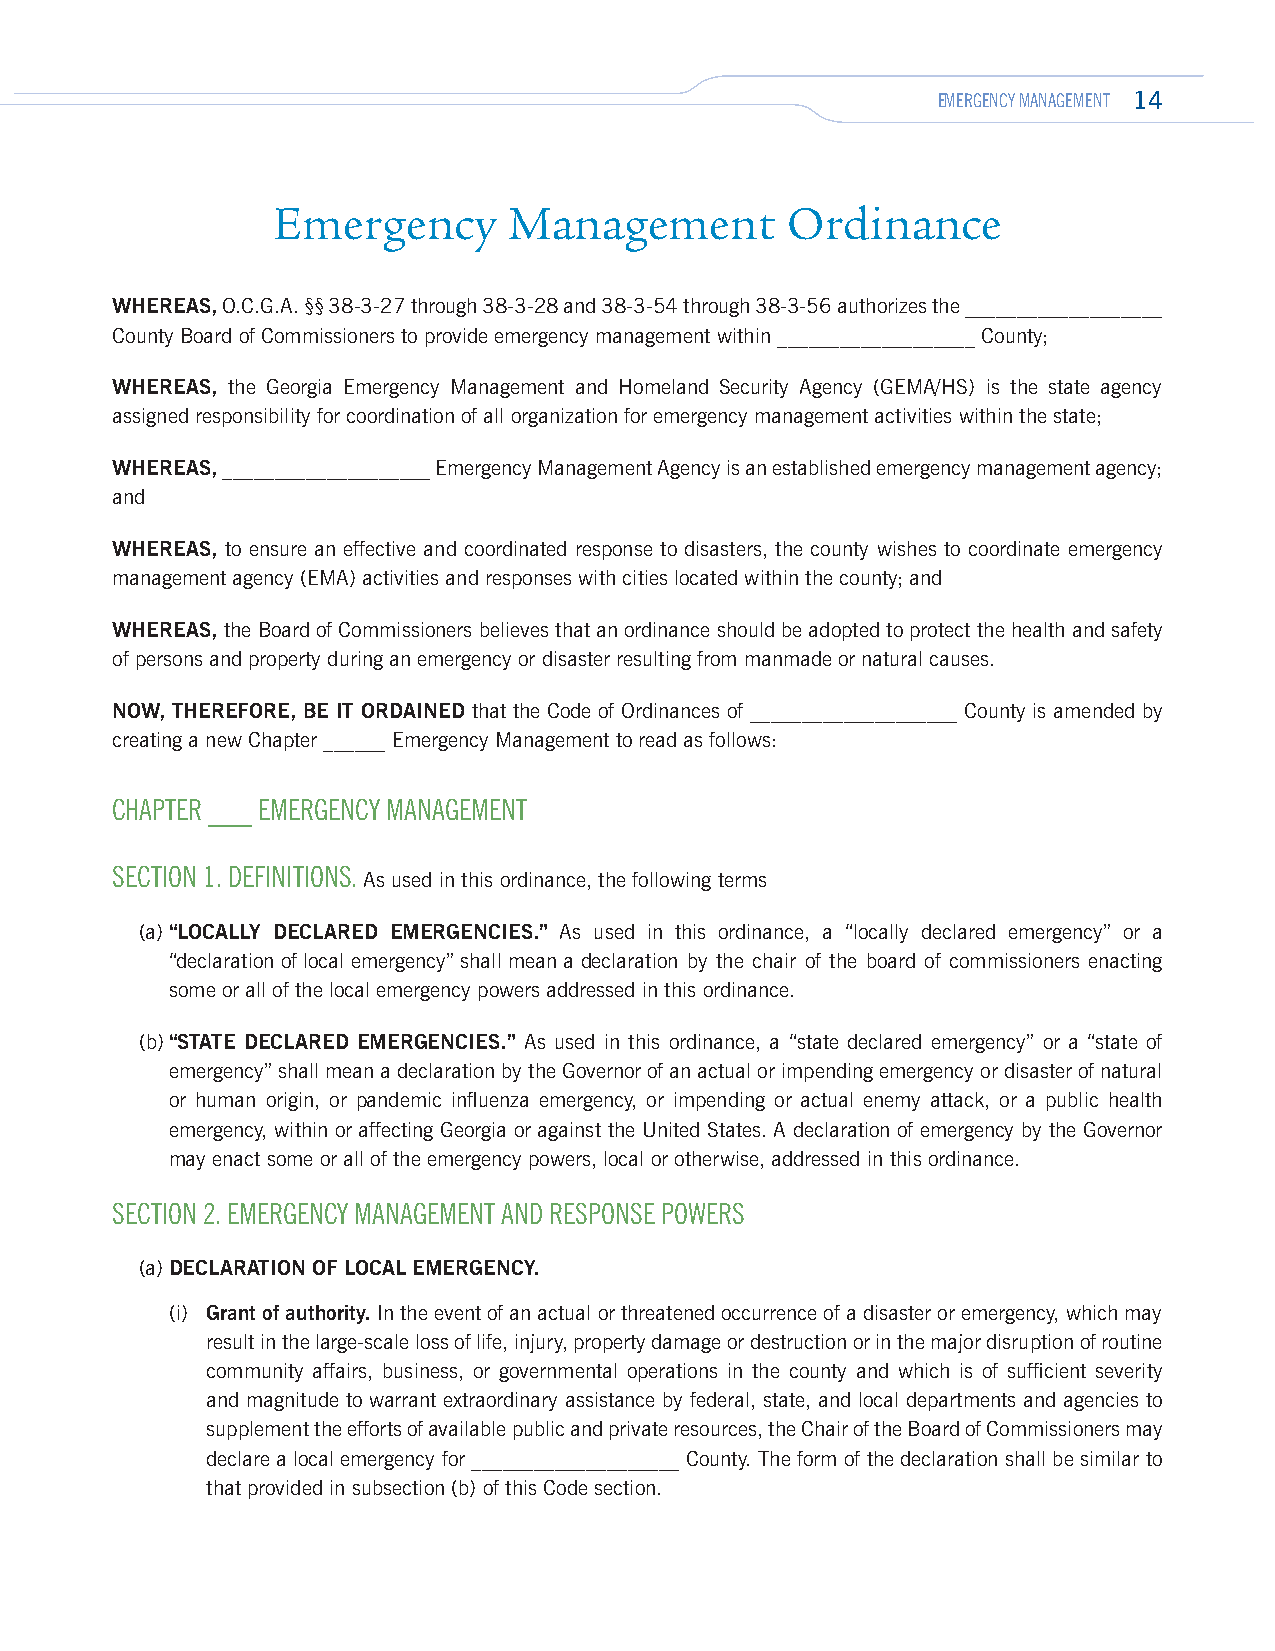
EMERGENCY MANAGEMENT 14
 Emergency       Management        Ordinance
 WHEREAS, O.C.G.A. §§ 38-3-27 through 38-3-28 and 38-3-54 through 38-3-56 authorizes the ___________________
 County Board of Commissioners to provide emergency management within ___________________ County;
 WHEREAS, the Georgia Emergency Management and Homeland Security Agency (GEMA/HS) is the state agency
 assigned responsibility for coordination of all organization for emergency management activities within the state;
 WHEREAS, ____________________ Emergency Management Agency is an established emergency management agency;
 and
 WHEREAS, to ensure an effective and coordinated response to disasters, the county wishes to coordinate emergency
 management agency (EMA) activities and responses with cities located within the county; and
 WHEREAS, the Board of Commissioners believes that an ordinance should be adopted to protect the health and safety
 of persons and property during an emergency or disaster resulting from manmade or natural causes.
 NOW, THEREFORE, BE IT ORDAINED that the Code of Ordinances of ____________________ County is amended by
 creating a new Chapter ______ Emergency Management to read as follows:
 CHAPTER ___ EMERGENCY MANAGEMENT
 SECTION 1. DEFINITIONS.
 As used in this ordinance, the following terms
 (a) “LOCALLY DECLARED EMERGENCIES.” As used in this ordinance, a “locally declared emergency” or a
 “declaration of local emergency” shall mean a declaration by the chair of the board of commissioners enacting
 some or all of the local emergency powers addressed in this ordinance.
 (b) “STATE DECLARED EMERGENCIES.” As used in this ordinance, a “state declared emergency” or a “state of
 emergency” shall mean a declaration by the Governor of an actual or impending emergency or disaster of natural
 or human origin, or pandemic influenza emergency, or impending or actual enemy attack, or a public health
 emergency, within or affecting Georgia or against the United States. A declaration of emergency by the Governor
 may enact some or all of the emergency powers, local or otherwise, addressed in this ordinance.
 SECTION 2. EMERGENCY MANAGEMENT AND RESPONSE POWERS
 (a) DECLARATION OF LOCAL EMERGENCY.
 (i) Grant of authority. In the event of an actual or threatened occurrence of a disaster or emergency, which may
 result in the large-scale loss of life, injury, property damage or destruction or in the major disruption of routine
 community affairs, business, or governmental operations in the county and which is of sufficient severity
 and magnitude to warrant extraordinary assistance by federal, state, and local departments and agencies to
 supplement the efforts of available public and private resources, the Chair of the Board of Commissioners may
 declare a local emergency for ____________________ County. The form of the declaration shall be similar to
 that provided in subsection (b) of this Code section.